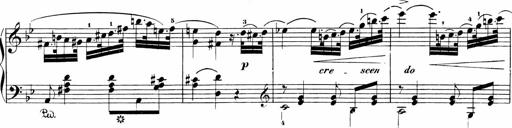
Title: Sonatinen Op.47, 98 und 136, nebst 6 Liedersonatinen
Composer: Carl Reinecke